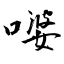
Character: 嘙